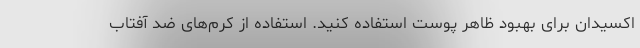
اکسیدان برای بهبود ظاهر پوست استفاده کنید. استفاده از کرم‌های ضد آفتاب